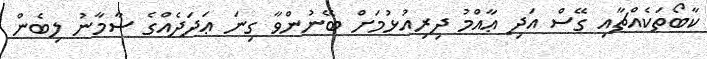
ކާބޯތަކެއްޗާއި ގޭސް އަދި ޢާއްމު ދިރިއުޅުމަށް ބޭނުންވާ ގިނަ ޢަދަދެއްގެ ސާމާނު ލިބެން